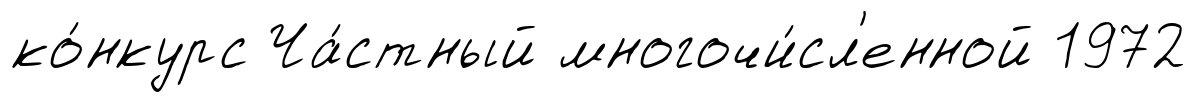
ко́нкурс Ча́стный многочи́сл'енной 1972